Vital statistics of India. Vol. V, Reports of 1876 on armies & jails and on epidemic cholera
Year: 1876
Disease focus: Cholera
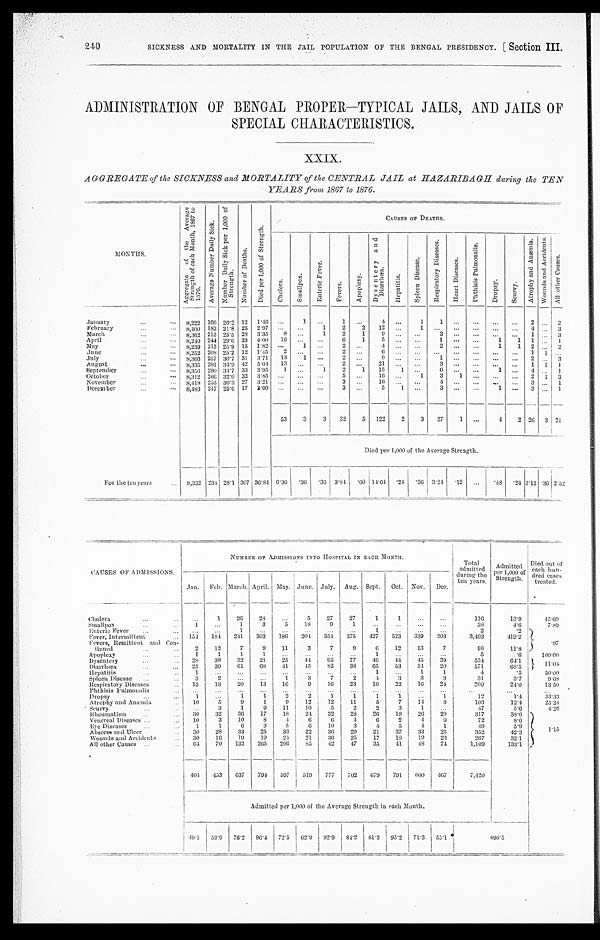
240
SICKNESS AND MORTALITY IN THE JAIL POPULATION OF THE BENGAL PRESIDENCY. [ Section III.
ADMINISTRATION OF BENGAL PROPER—TYPICAL JAILS, AND JAILS OF
SPECIAL CHARACTERISTICS.
XXIX.
AGGREGATE of the SICKNESS and MORTALITY of the CENTRAL JAIL at HAZARIBAGH during the TEN
YEARS from 1867 to 1876.
M O N T H S .
A g g r e g a t e o f t h e A v e r a g e S t r e n g t h o f e a c h M o n t h , 1 8 6 7 t o 1 8 7 6 .
A v e r a g e N u m b e r D a i l y S i c k .
N u m b e r D a i l y S i c k p e r 1 , 0 0 0 o f S t r e n g t h .
N u m b e r o f D e a t h s .
D i e t p e r 1 , 0 0 0 o f S t r e n g t h .
C A U S E S O F D E A T H S .
C h o l e r a .
S m a l l p o x .
E n t e r i c F e v e r .
F e v e r s .
A p o p l e x y .
D y s e n t e r y a n d D i a r r h œ a .
H e p a t i t i s .
S p l e e n D i s e a s e .
R e s p i r a t o r y D i s e a s e s .
H e a r t D i s e a s e s .
P h t h i s i s P u l m o n a l i s .
D r o p s y .
S c u r v y .
A t r o p h y a n d A n æ m i a .
W o u n d s a n d A c c i d e n t s .
January
8 , 2 2 2
1 6 6
2 0 · 2
1 2
1 · 4 6
. . .
1 . . .
1
. . .
4 . . .
1
1
. . .
. . .
. . .
. . .
2
. . .
February
8 , 4 0 0
1 8 3
2 1 · 8
2 5
2 · 9 7
. . .
. . .
1
2
2
1 2
. . . 1
. . .
. . .
. . .
. . .
. . .
4 . . .
March
8 , 3 6 2
2 1 3
2 5 · 5
2 8
3 · 3 5
8 . . .
1
2
1
9 . . .
. . .
3 . . .
. . .
. . .
. . .
1 . . .
April
8 , 2 4 0
2 4 4
2 9 · 6
3 3
4 · 0 0
1 6
. . .
. . .
6
1
5 . . .
. . .
1
. . .
. . .
1
1 1 . . .
May
8 , 2 3 9
2 1 3
2 5 · 9
1 5 1 · 8 2
. . .
1 . . .
2 . . .
4
. . .
. . .
2
. . .
. . .
1
1 2 . . .
June
8 , 2 5 2
2 0 8
2 5 · 2
1 2
1 · 4 5
2 . . .
. . .
2 . . .
6
. . .
. . .
. . .
. . .
. . .
. . .
. . .
1 1
July
8 , 3 6 6
2 5 7
3 0 · 7
3 1
3 · 7 1
1 3
1 . . .
2 . . .
9
. . .
. . .
1
. . .
. . .
. . .
. . .
2 . . .
August
8 , 3 3 5
2 9 1
3 4 · 9
4 2
5 · 0 4
1 3 . . .
. . .
2
. . .
2 1
. . .
. . .
3 . . .
. . .
. . .
. . .
1 1
September
8 , 3 5 6
2 9 0
3 4 · 7
3 3
3 · 9 5
1 . . .
1
2
1
1 5
1 . . .
6 . . .
. . .
1 . . .
4 . . .
October
8 , 3 1 2
2 6 6
3 2 · 0
3 2
3 · 8 5
. . .
. . . . . .
5
. . .
1 6
. . . 1
3
1 . . . . . .
. . .
2 1
November
8 , 4 1 8
2 5 5
3 0 · 3
2 7
3 · 2 1
. . .
. . . . . .
3
. . .
1 6 . . .
. . . 4
. . .
. . .
. . .
. . .
3 . . .
December
8 , 4 8 3
2 1 7
2 5 · 6
1 7 2 · 0 0
. . .
. . .
. . . 3
. . .
5 1
. . .
3 . . . . . .
1
. . .
3 . . .
5 3
3
3
3 2
5 1 2 2
2
3
2 7
1 . . .
4
2
2 6 3
D i e d p e r 1 , 0 0 0 o f t h e A v e r a g e S t r e n g t h .
For the ten years
8 , 3 3 2
2 3 4
2 8 · 1
3 0 7 3 6 · 8 4
6 · 3 6
· 3 6
· 3 6
3 · 8 4
· 6 0 1 4 · 6 4
· 2 4
· 3 6
3 · 2 4
· 1 2 . . .
· 4 8
· 2 4 3 · 1 2
· 3 6
CAUSES OF ADMISSIONS
NUMBER OF ADMISSIONS INTO HOSPITAL IN EACH MONTH.
Total
admitted
during the
ten years.
Admitted
p e r 1 , 0 0 0 o f
Strength.
Died out
of each hun -
dred cases
treated.
Jan. Feb. March. April. May. June. July. Aug. Sept. Oct. Nov. Dec.
Cholera
. . .
1
26
28
...
5
27
27
1
1
...
. . .
116
13·9
45·69
Smallpox
1
...
1
3
5
18
9
1
...
...
...
...
38
4·6
7·89
Enteric Fever
. . .
...
1
...
. . .
...
. . .
. . .
1
. . .
. . .
. . .
2
· 2
7
Fever, Intermittent
154 184 241 303 186 204 354 375 427 523 339 203
3,493
419·2
Fevers, Remittent and Con-
tinued
2
12
7
9
11
3
7
9
6
12
13
7
98
1 1 · 8
Apoplexy
1
1
1
1
. . .
...
...
...
1
. . .
. . .
...
5
· 6
100·00
Dysentery
28
38
32
21
25
44
95
77
4 6
44
45
39
534
6 4 · 1
11
·04
Diarrhœa
25
39
61
6 8
41
45
82
3 8
65
53
3 4
20
571
6 8 · 5
H e p a t i t i s
1
. . .
...
...
...
...
. . .
. . .
1
...
1
1
4
· 5
50·60
Spleen Disease
3
2
...
. . .
1
3
7
2
4
3
3
3
31
3 · 7
9·68
Respiratory Diseases
13
18
20
13
16
9
16 23
10
22
16 24
200
2 4 · 0
13·50
Phthisis Pulmonalis
. . . . . .
. . . . . .
. . .
...
. . .
. . .
. . .
...
. . .
. . . . . .
. . .
. . .
Dropsy
1
. . .
1
1
2
2
1
1
1
1
. . .
1
12
1·4
33·33
Atrophy and Anæmia
10
5
9
1
9
12
12
11
5
7
14
8
103
12·4
25·24
Scurvy
. . .
3
1
9
11
10
5
2
2
3
1 . . .
47
5·6
4·26
Rheumatism
30
32
36
17
18
24
32
28
26
19
26
2 9
317
38·0
1·15
Venereal Diseases
10
3
10
8
4
6
6
4
6
2
4
9
72
8·6
Eye Diseases
1
1
6
3
5
6
10
3
4
5
4
1
49
5·9
Abscess and Ulcer
30
28
33
25
33
22
36 29
21
37
33
25
352
42·3
Wounds and Accidents
30
16 19
19
24
21
36 25
17
18
19
23
267
32·1
All other Causes
6 4
70 132 265 206
85
42
47
35
41
48
74
1,109
133·1
404 453 637 794 597 519 777 702 679 791 600 467
7,420
Admitted per 1,000 of the Average Strength in each Month.
4 9 · 1
53·9 76·2 96·4 72·5 62·9 92·9 84·2 81·3 95·2 71·3 55·1
890·5